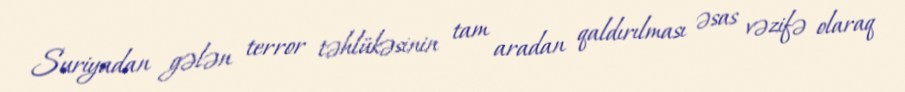
Suriyadan gələn terror təhlükəsinin tam aradan qaldırılması əsas vəzifə olaraq